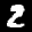
Label: 2